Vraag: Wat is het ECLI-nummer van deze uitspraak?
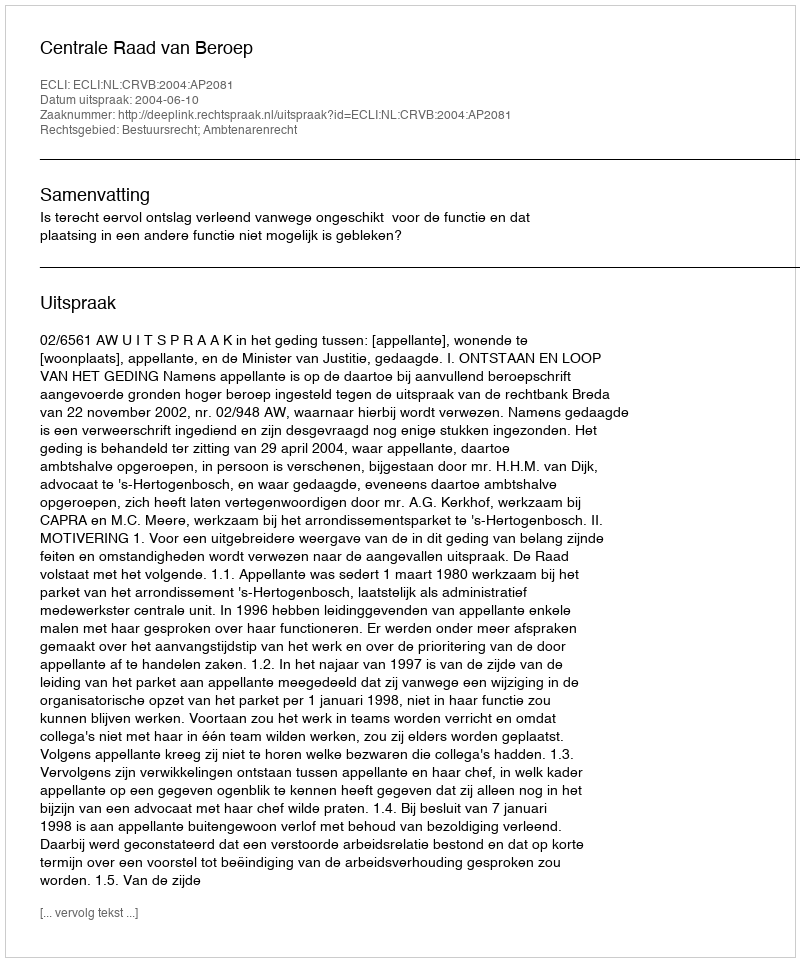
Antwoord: ECLI:NL:CRVB:2004:AP2081